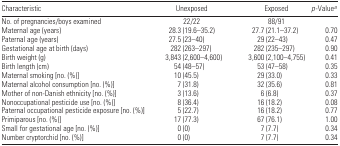
| Characteristic | Unexposed | Exposed | p-Valuea |
 | --- | --- | --- | --- |
 | No. of pregnancies/boys examined | 22/22 | 88/91 |  |
 | Maternal age (years) | 28.3 (19.6–35.2) | 27.7 (21.1–37.2) | 0.70 |
 | Paternal age (years) | 27.5 (23–40) | 29 (22–43) | 0.47 |
 | Gestational age at birth (days) | 282 (263–297) | 282 (235–297) | 0.90 |
 | Birth weight (g) | 3,843 (2,600–4,600) | 3,600 (2,100–4,755) | 0.41 |
 | Birth length (cm) | 54 (48–57) | 53 (47–58) | 0.35 |
 | Maternal smoking [no. (%)] | 10 (45.5) | 29 (33.0) | 0.33 |
 | Maternal alcohol consumption [no. (%)] | 7 (31.8) | 32 (35.6) | 0.81 |
 | Mother of non-Danish ethnicity [no. (%)] | 3 (13.6) | 6 (6.8) | 0.37 |
 | Nonoccupational pesticide use [no. (%)] | 8 (36.4) | 16 (18.2) | 0.08 |
 | Paternal occupational pesticide exposure [no. (%)] | 5 (22.7) | 16 (18.2) | 0.77 |
 | Primiparous [no. (%)] | 17 (77.3) | 67 (76.1) | 1.00 |
 | Small for gestational age [no. (%)] | 0 (0) | 7 (7.7) | 0.34 |
 | Number cryptorchid [no. (%)] | 0 (0) | 7 (7.7) | 0.34 |